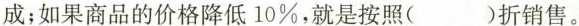
成；如果商品的价格降低10%，就是按照( )折销售。